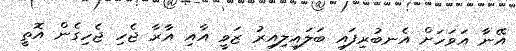
އޭނާ އަވަހަށް އެނބުރިފައި ބަލައިލިއިރު ޒަވީ އާއި އާރާ ޖެހި ޖެހިގެން އޮތީ